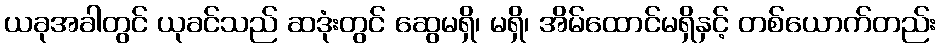
ယခုအခါတွင် ယုခင်သည် ဆဒုံးတွင် ဆွေမရှိ၊ မရှိ၊ အိမ်ထောင်မရှိနှင့် တစ်ယောက်တည်း